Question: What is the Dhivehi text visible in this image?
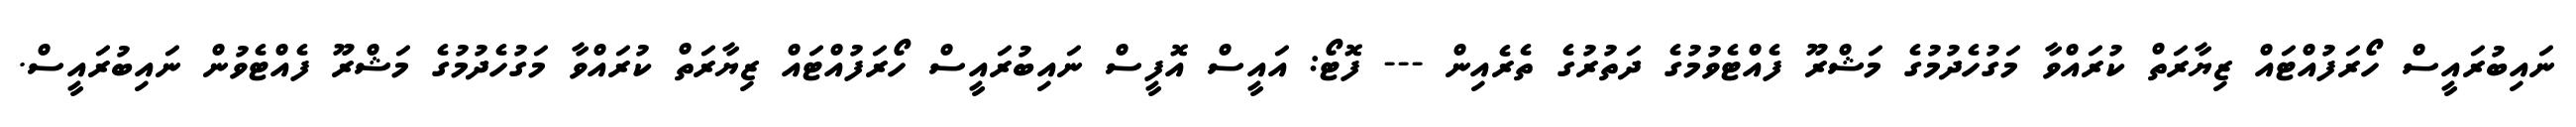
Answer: ނައިބުރައީސް ހޯރަފުއްޓައް ޒިޔާރަތް ކުރައްވާ މަގުހެދުމުގެ މަޝްރޫ ފެއްޓެވުމުގެ ދަތުރުގެ ތެރެއިން --- ފޮޓޯ: އައީސް އޮފީސް ނައިބުރައީސް ހޯރަފުއްޓައް ޒިޔާރަތް ކުރައްވާ މަގުހެދުމުގެ މަޝްރޫ ފެއްޓެވުން ނައިބުރައީސް.